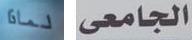
لماذا الجامعى